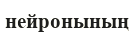
нейронының